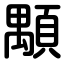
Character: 顒